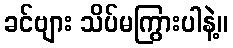
ခင်ဗျား သိပ်မကြွားပါနဲ့။